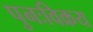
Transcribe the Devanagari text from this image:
पुनःविक्रय